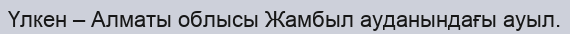
Үлкен – Алматы облысы Жамбыл ауданындағы ауыл.